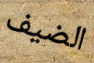
الضيف